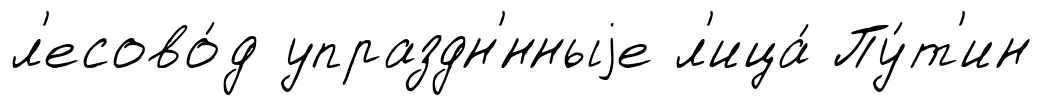
л'есово́д упраздн'́нныjе л'ица́ Пу́т'ин